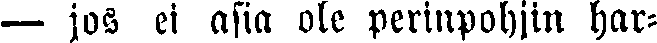
— jos ei asia ole perinpohjin har-